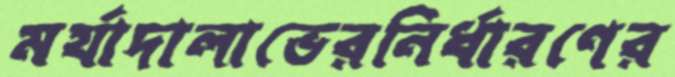
মর্যাদালাভেরনির্ধারণের